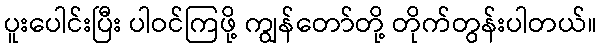
ပူးပေါင်းပြီး ပါဝင်ကြဖို့ ကျွန်တော်တို့ တိုက်တွန်းပါတယ်။